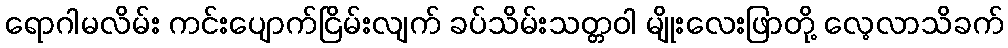
ရောဂါမလိမ်း ကင်းပျောက်ငြိမ်းလျက် ခပ်သိမ်းသတ္တဝါ မျိုးလေးဖြာတို့ လေ့လာသိခက်